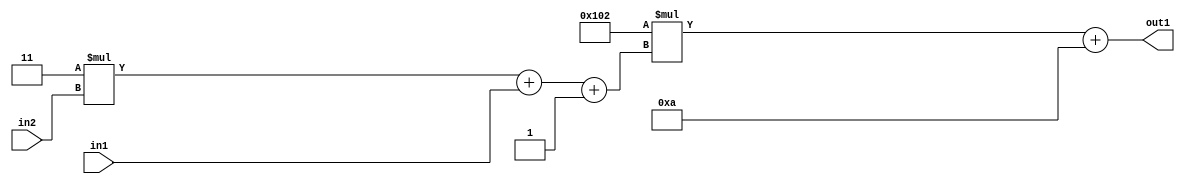
`timescale 1ps / 1ps
/*****************************************************************************
    Verilog RTL Description
    
    
    Created by: Stratus DpOpt 2019.1.01 
*******************************************************************************/

module DC_Filter_Add2i10Mul2i258Add3i1u1Mul2i3u2_4 (
	in2,
	in1,
	out1
	); /* architecture "behavioural" */ 
input [1:0] in2;
input  in1;
output [11:0] out1;
wire [11:0] asc001;
wire [3:0] asc002;

wire [3:0] asc002_tmp_0;
wire [3:0] asc002_tmp_1;
assign asc002_tmp_1 = 
	+(4'B0011 * in2);
assign asc002_tmp_0 = asc002_tmp_1
	+(in1);
assign asc002 = asc002_tmp_0
	+(4'B0001);

wire [11:0] asc001_tmp_2;
assign asc001_tmp_2 = 
	+(12'B000100000010 * asc002);
assign asc001 = asc001_tmp_2
	+(12'B000000001010);

assign out1 = asc001;
endmodule

/* CADENCE  vrPzSgk= : u9/ySgnWtBlWxVPRXgAZ4Og= ** DO NOT EDIT THIS LINE ******/